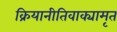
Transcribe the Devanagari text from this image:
क्रियानीतिवाक्यामृत